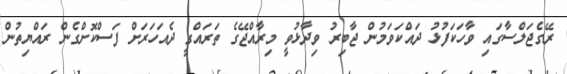
ރޭގެޖަލްސާގައި ވާހަކަފުޅު ދައްކަވަމުން ޖާބިރު ވިދާޅުވީ މިރާއްޖޭގެ ތަރައްގީ ދެއަހަރަށް ފަސްކޮށްގެން ރައްޔިތުން